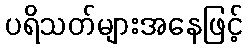
ပရိသတ်များအနေဖြင့်